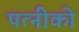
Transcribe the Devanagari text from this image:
पत्नीको